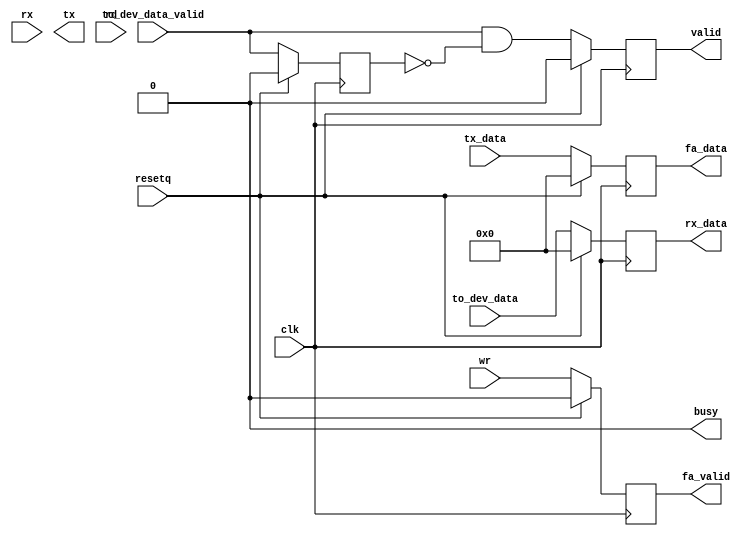
// --------------------------------------------------------------------
// >>>>>>>>>>>>>>>>>>>>>>>>> COPYRIGHT NOTICE <<<<<<<<<<<<<<<<<<<<<<<<<
// --------------------------------------------------------------------
// Copyright (c) 2019 by UCSD CSE 140L
// --------------------------------------------------------------------
//
// Permission:
//
//   This code for use in UCSD CSE 140L.
//   It is synthesisable for Lattice iCEstick 40HX.  
//
// Disclaimer:
//
//   This Verilog source code is intended as a design reference
//   which illustrates how these types of functions can be implemented.
// -------------------------------------------------------------------- //           
//                     Bryan Chin
//                     UCSD CSE Department
//                     9500 Gilman Dr, La Jolla, CA 92093
//                     U.S.A
//
// --------------------------------------------------------------------
//

//
//
// fake uart
// for use in the simulator
//
module fake_buart(
		  input 	   clk,
		  input 	   resetq,
		  input 	   rx,
		  output 	   tx,
		  input 	   rd,
		  input 	   wr,
		  output reg 	   valid,
		  output           busy,
		  input [7:0] 	   tx_data,
		  output reg [7:0] rx_data,

		  // TB interface
		  output reg [7:0] fa_data,
		  output reg 	   fa_valid,
		  input [7:0] 	   to_dev_data,
		  input 	   to_dev_data_valid
		  );

   reg 			       to_dev_data_validD;    // delay one cycle
   
   assign busy = 1'b0;
   
   always @(posedge clk) begin
      if(resetq) begin
	 rx_data <= 8'b0;
	 fa_data <= 8'b0;
	 fa_valid <= 1'b0;
	 to_dev_data_validD <= 1'b0;
	 valid <= 1'b0;
      end
      else begin

	 // from tb to the device
	 to_dev_data_validD <= to_dev_data_valid;
	 rx_data <= to_dev_data;
	 valid   <= to_dev_data_valid & ~to_dev_data_validD;

	 // from dev to the tb
	 fa_data <= tx_data;
	 fa_valid <= wr;
      end // else: !if(resetq)
   end
endmodule